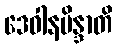
ဒေဝါနမိန္ဒာတိ